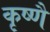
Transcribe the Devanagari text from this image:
कृष्णै